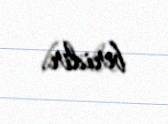
biridir.